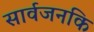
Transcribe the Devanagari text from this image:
सार्वजनकि